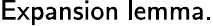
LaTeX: \mathsf{Expansion\; lemma.}